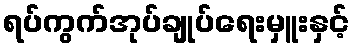
ရပ်ကွက်အုပ်ချုပ်ရေးမှူးနှင့်